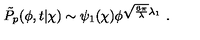
\tilde { P } _ { p } ( \phi , t | \chi ) \sim \psi _ { 1 } ( \chi ) \phi ^ { \sqrt { \frac { 6 \pi } { \lambda } } \lambda _ { 1 } } \ .